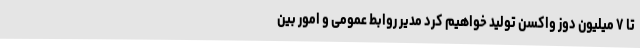
تا ۷ میلیون دوز واکسن تولید خواهیم کرد مدیر روابط عمومی و امور بین